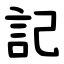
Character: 記